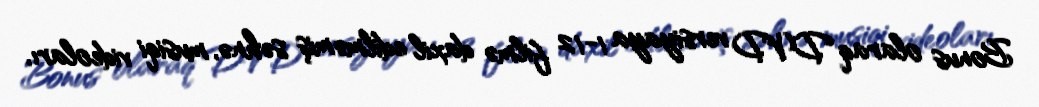
Bonus olaraq DVD versiyaya 1-12 filmə daxil edilməmiş səhnə, musiqi videoları,